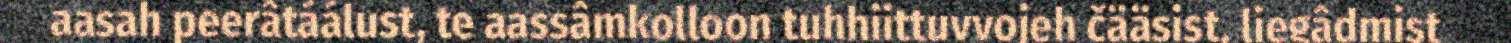
aasah peerâtáálust, te aassâmkolloon tuhhiittuvvojeh čääsist, liegâdmist